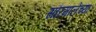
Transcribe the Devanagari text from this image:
सौरमालेच्या